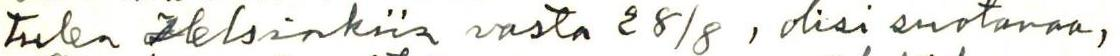
tulen Helsinkiin vasta 28/8, olisi suotavaa,